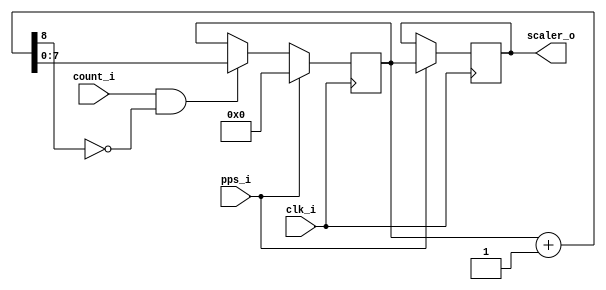
`timescale 1ns / 1ps
////////////////////////////////////////////////////////////////////////////////
// This file is a part of the Antarctic Impulsive Transient Antenna (ANITA)
// project, a collaborative scientific effort between multiple institutions. For
// more information, contact Peter Gorham (gorham@phys.hawaii.edu).
//
// All rights reserved.
//
// Author:
// Author:
////////////////////////////////////////////////////////////////////////////////
module ANITA3_scaler(
		clk_i,
		pps_i,
		count_i,
		scaler_o
    );

	parameter WIDTH = 8;
	parameter PRESCALE = 0;
	input clk_i;
	input pps_i;
	input count_i;
	output [WIDTH-1:0] scaler_o;
	
	reg [WIDTH+PRESCALE-1:0] counter = {WIDTH+PRESCALE{1'b0}};
	wire [WIDTH+PRESCALE:0] counter_plus_one = counter + 1;

	reg [WIDTH-1:0] scaler = {WIDTH{1'b0}};
	always @(posedge clk_i) begin
		if (pps_i) counter <= {WIDTH+PRESCALE{1'b0}};
		else if (count_i && !counter_plus_one[WIDTH+PRESCALE]) counter <= counter_plus_one;
	
		if (pps_i) scaler <= counter[PRESCALE +: WIDTH];
	end

	assign scaler_o = scaler;

endmodule